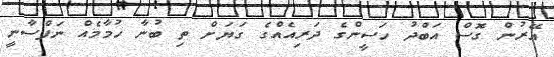
އޭރުން ގޮަސް އަބްދު ހަސީންގެ ދަރިއެއްގެ ގަޔަށް ތި ބުނާ ހުމާމެއް ނަފްސާނީ